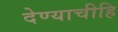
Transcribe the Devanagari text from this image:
देण्याचीहि